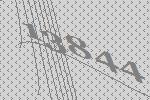
13844